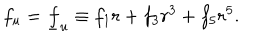
f _ { u } = \underline { { { f } } } _ { u } \equiv f _ { 1 } r + f _ { 3 } r ^ { 3 } + f _ { 5 } r ^ { 5 } .